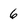
Character: 6